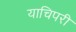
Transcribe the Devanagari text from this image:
याचिपरी